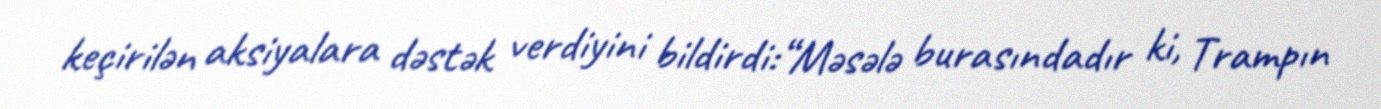
keçirilən aksiyalara dəstək verdiyini bildirdi:“Məsələ burasındadır ki, Trampın